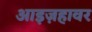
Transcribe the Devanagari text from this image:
आइज़हावर